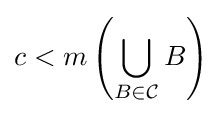
c<m\left(\bigcup _{B\in {\mathcal {C}}}B\right)